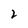
Character: 2